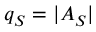
q _ { S } = | A _ { S } |